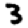
Digit: 3